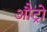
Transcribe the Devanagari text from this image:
औट्रो